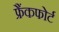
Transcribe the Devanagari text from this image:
फ्रैंकफोर्ट